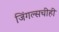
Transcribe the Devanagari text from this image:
जिंगल्सचीही